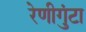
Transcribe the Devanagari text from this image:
रेणीगुंटा